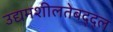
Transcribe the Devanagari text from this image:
उद्यमशीलतेबद्द्ल